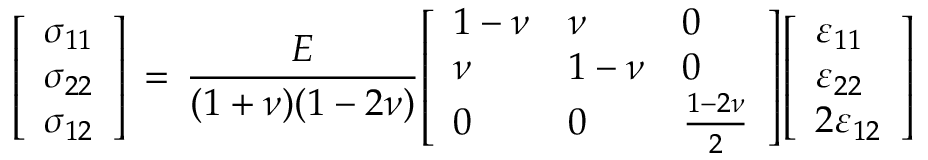
{ \left[ \begin{array} { l } { \sigma _ { 1 1 } } \\ { \sigma _ { 2 2 } } \\ { \sigma _ { 1 2 } } \end{array} \right] } \, = \, { \frac { E } { ( 1 + \nu ) ( 1 - 2 \nu ) } } { \left[ \begin{array} { l l l } { 1 - \nu } & { \nu } & { 0 } \\ { \nu } & { 1 - \nu } & { 0 } \\ { 0 } & { 0 } & { { \frac { 1 - 2 \nu } { 2 } } } \end{array} \right] } { \left[ \begin{array} { l } { \varepsilon _ { 1 1 } } \\ { \varepsilon _ { 2 2 } } \\ { 2 \varepsilon _ { 1 2 } } \end{array} \right] }